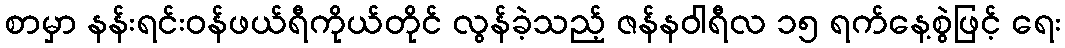
စာမှာ နန်းရင်းဝန်ဖယ်ရီကိုယ်တိုင် လွန်ခဲ့သည့် ဇန်နဝါရီလ ၁၅ ရက်နေ့စွဲဖြင့် ရေး